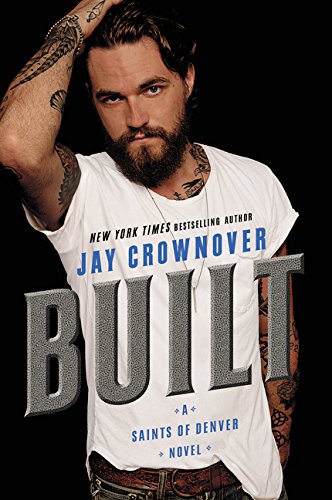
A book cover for Built: Saints of Denver; Jay Crownover; Romance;